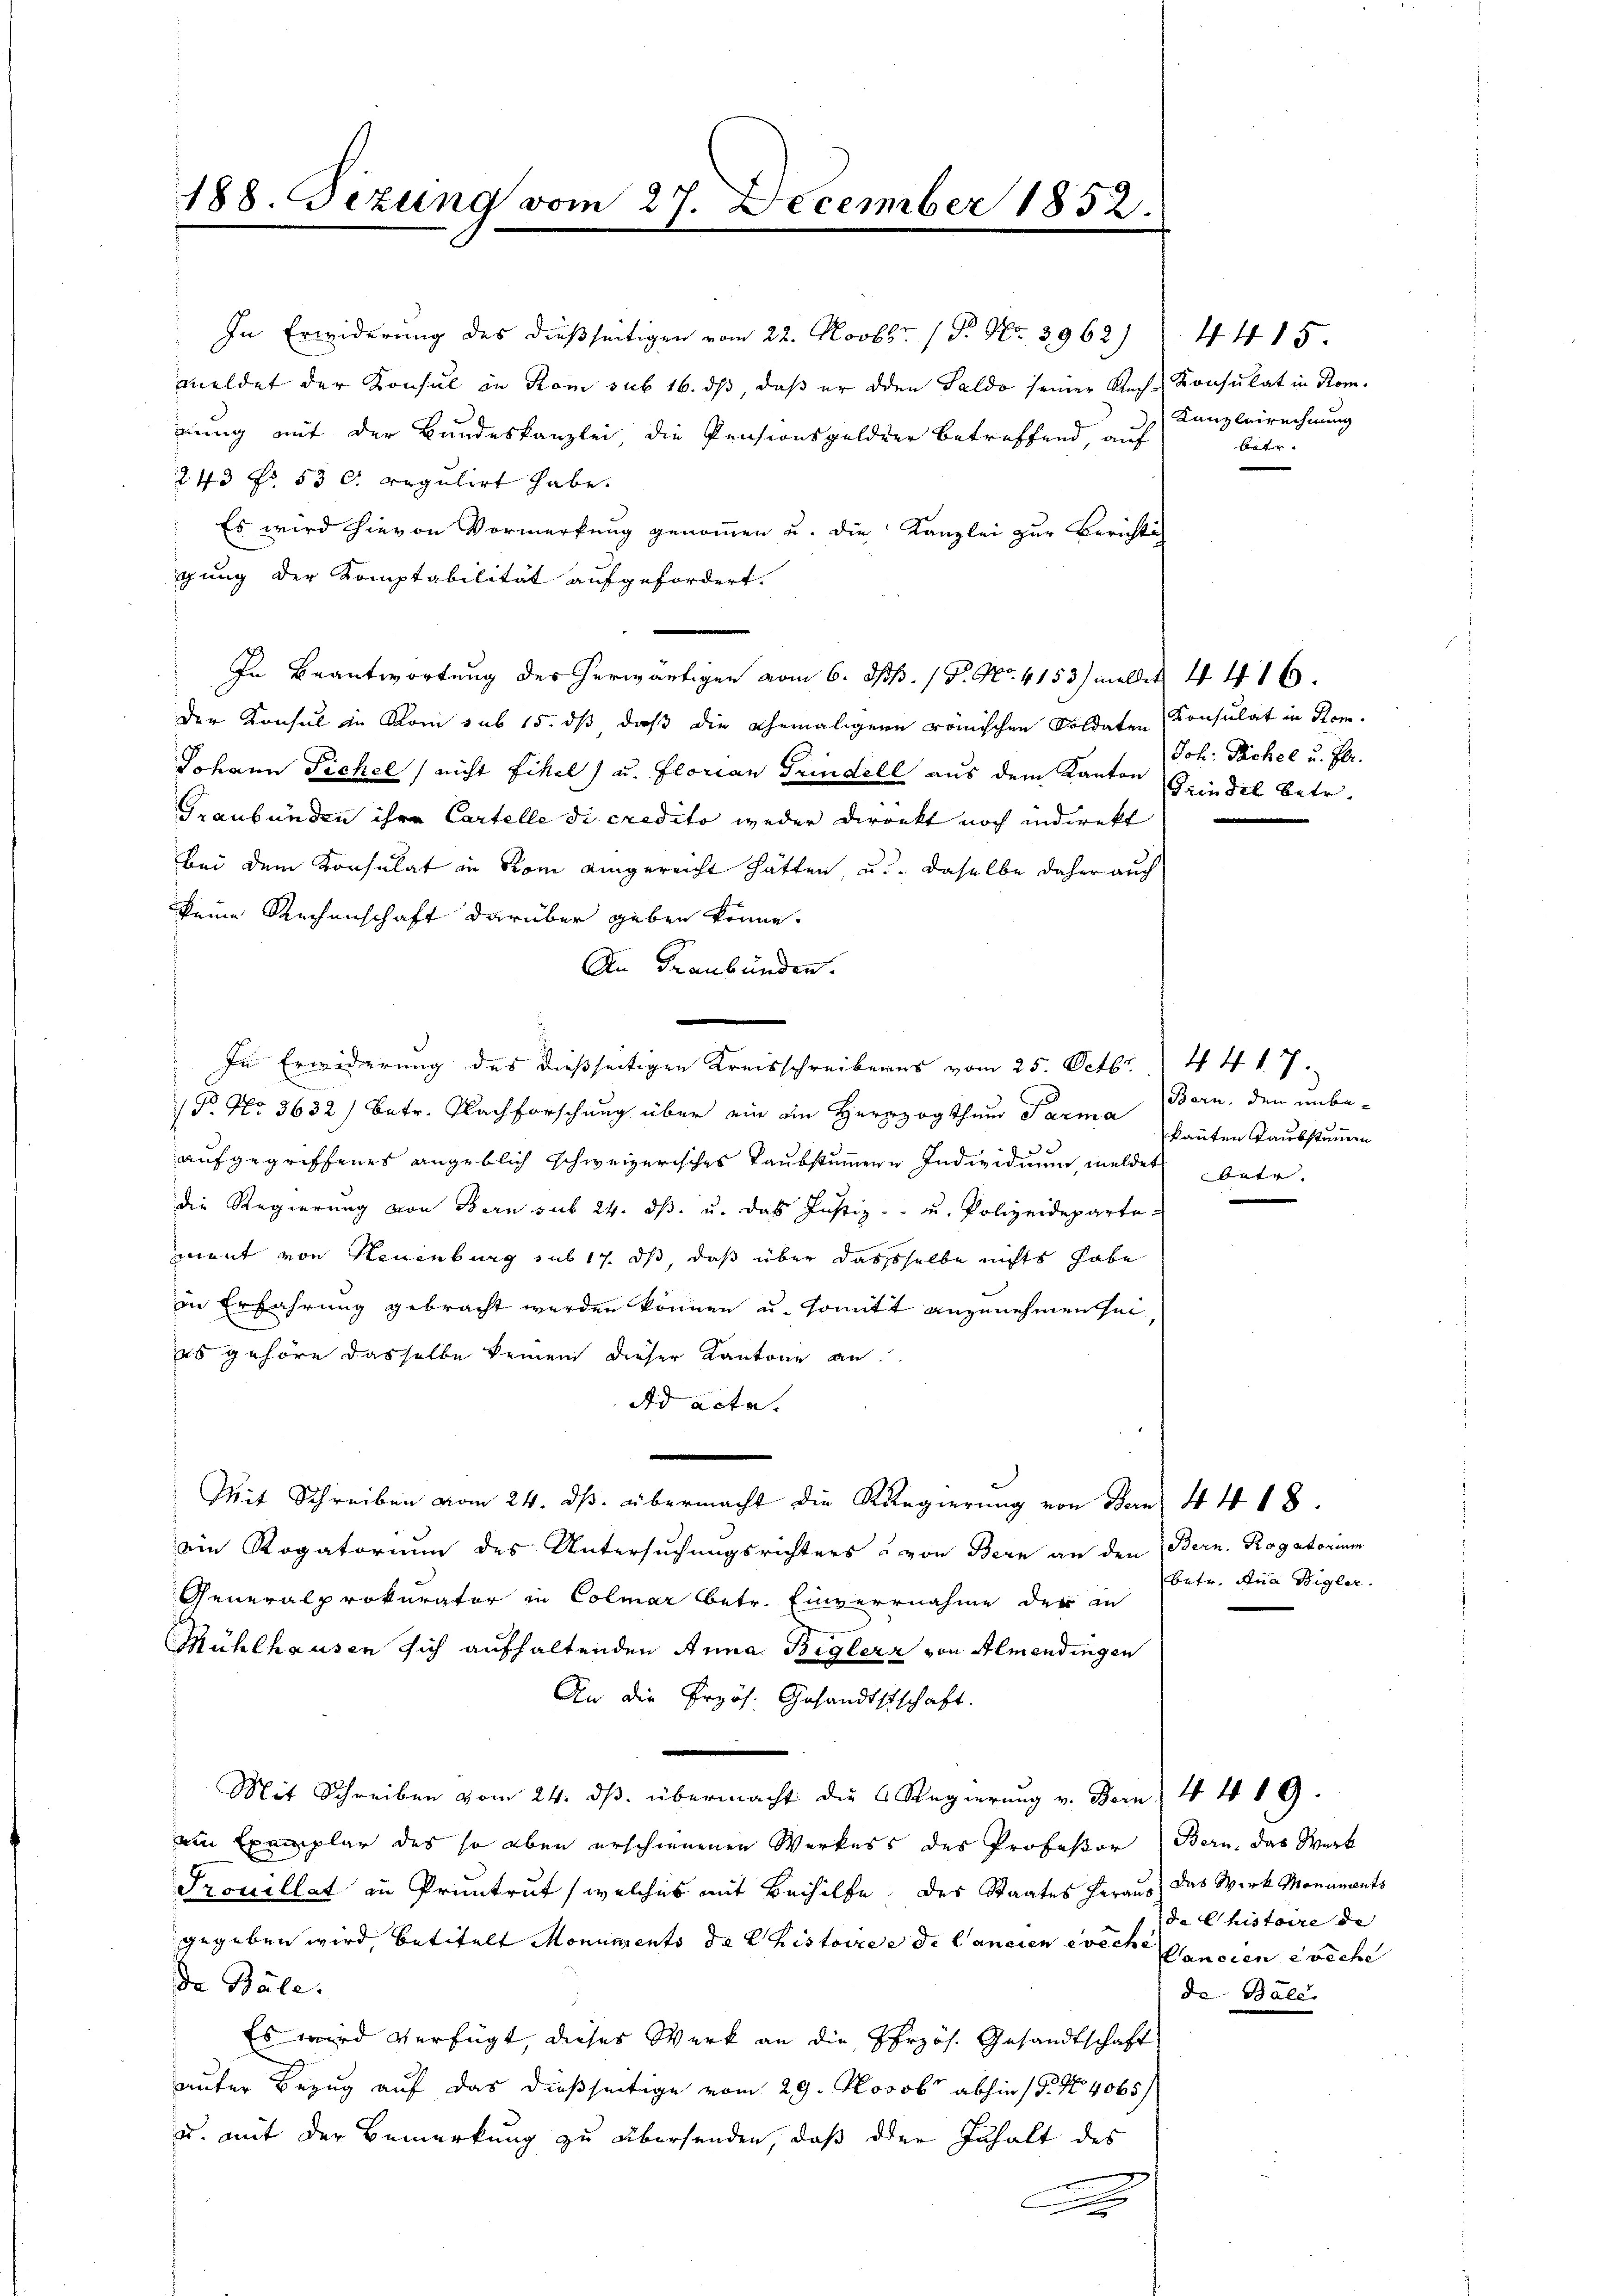
188. Sezung vom 27. December 1852.

In Erwiderung des dießseitigen vom 22. Novbr. 18. No. 3962)
meldet der Konsul in Rom sub 16. ds, daß er den Saldo seiner Rech-Konsulat in Rom.
nung mit der Bundeskanzlei, die Pensionsgelder betreffend, auf
243 f. 53 c. regulirt habe.
Es wird hievon Vormerkung genommen u. die Kanzlei zur Berichtig
gung der Komptabilität aufgefordert.
)
In Beantwortung des herwärtigen vom 6. Okt. 18. No. 4153) meldet 441.
der Konsul in Rom sub 15. dß daß die ehemaligern römischen Soldaten Konsulat in Kom¬
Johann Fichel nicht Eikel) u. Florian Grindell aus dem Kanton Grindel betr.
Graubünden ihre Cartelle di credito weder Direkt noch indirekt
bei dem Konsulat in Rom eingereicht hätten, u. daselbe daher auch
keine Rechenschaft darüber geben könne.
An Graubünden.
(No No 3632) betr. Nachforschung über ein ein Herzogthum Parma
aufgegriffenes angeblich schweizerisches Taubstummene Individuum, meldet betr.
die Regierung von Bern sub 24. ds. u. das Justiz- u. Polizeideparte
ment von Neuenburg sub 17. ds, daß über dasselbe nichts habe
in Erfahrung gebracht werden können u. somitt anzunehmen sei,
es gehöre dasselbe keinem dieser Kantone an.
Ad acta.
Mit Schreiben vom 24. ds. übermacht die Regierung von Bern 44 18.
ein Rogatorium des Untersuchungsrichters & von Bern an den Bern. Rogatorium
Generalprokurator in Colmar betr. Einvernahme der in
Mühlhausen sich aufhaltenden Anna Biglern von Almendingen
An die Erzös. Gesandtschschaft.
Mit Schreiben vom 24. dβ. übermacht die Regierŭng v. Bern 4 419.
ain Exemplar des so eben erschienenen Werkers des Professor Bern, das Werk
Prouillat in Pruntrut, welches mit Beihilfe, des Staates heraus das Wirk Monuments
gegeben wird, betitelt Monuments de Chistoire e de Cancien evich Cancien reche
De Bäle.
Es wird verfügt, dieses Werk an die Herzös. Gesandtschaft
uufer Bezug auf das dießseitige vom 29. Novob abhin (P. Nr. 4065/
u. mit der Bemerkung zu übersenden, daß der Inhalt des
g

In Erwiderung des dießseitigen Kreisschreiberes vom 25. Octbr. 44 f. 7.

4415.
Kanzleirechnung
betr

Joh. Packel u. Pr.

Born, den unbekannten Taubstummen

betr. Anna Bigler.

da histoire de
de Bald